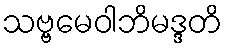
သဗ္ဗမေဝါဘိမဒ္ဒတိ